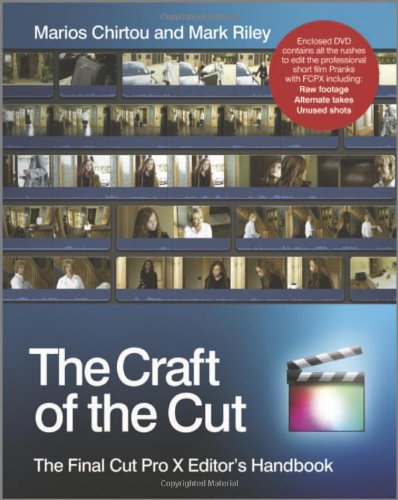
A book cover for The Craft of the Cut: The Final Cut Pro X Editor's Handbook; Mark Riley; Computers & Technology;